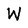
Character: W